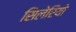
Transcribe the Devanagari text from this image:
सिलेरियो